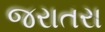
જરાતરા